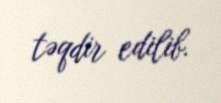
təqdir edilib.